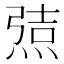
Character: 𰟆